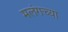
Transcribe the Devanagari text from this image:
मलंगच्या